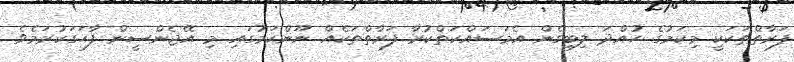
ފަރާތްތަކަކީ މިކަމުގެ ހުއްދަ ލިބިގެން އެމަސައްކަތްކުރާ ފަރާތްތަކެއް ނޫންކަމުގައި މި އޭޖެންސީން ފާހަގަކުރަމެވެ.